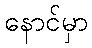
နောင်မှာ